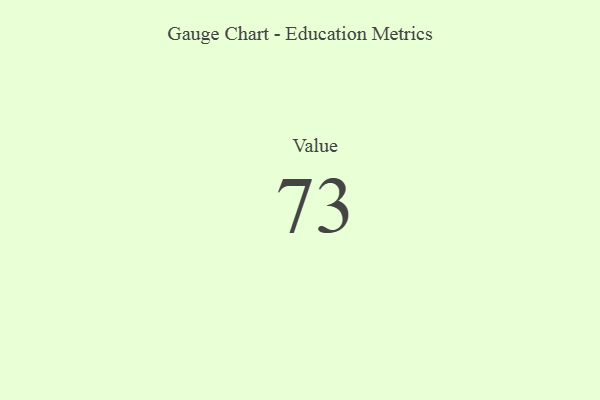
{"axis": {"x": "Metric", "y": "Value"}, "legend": [""], "data": [{"x": "Value", "y": 73, "type": ""}]}